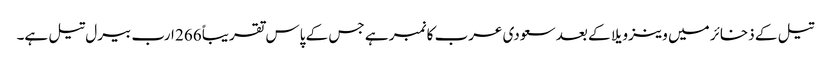
تیل کے ذخائر میں وینزویلا کے بعد سعودی عرب کا نمبر ہے جس کے پاس تقریباً 266 ارب بیرل تیل ہے۔